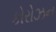
કોરોઝન